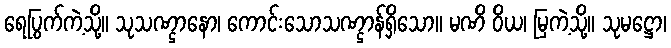
ရေပြွက်ကဲ့သို့။ သုသဏ္ဌာနော၊ ကောင်းသောသဏ္ဌာန်ရှိသော။ မဏိ ဝိယ၊ မြကဲ့သို့။ သုမဋ္ဌော၊